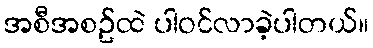
အစီအစဥ်ထဲ ပါဝင်လာခဲ့ပါတယ်။